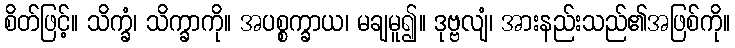
စိတ်ဖြင့်။ သိက္ခံ၊ သိက္ခာကို။ အပစ္စက္ခာယ၊ မချမူ၍။ ဒုဗ္ဗလျံ၊ အားနည်းသည်၏အဖြစ်ကို။